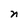
Character: n